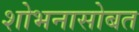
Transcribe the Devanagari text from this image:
शोभनासोबत